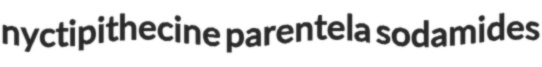
nyctipithecine parentela sodamides